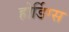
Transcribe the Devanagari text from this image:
होर्डिग्स